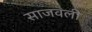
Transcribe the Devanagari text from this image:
साजवली